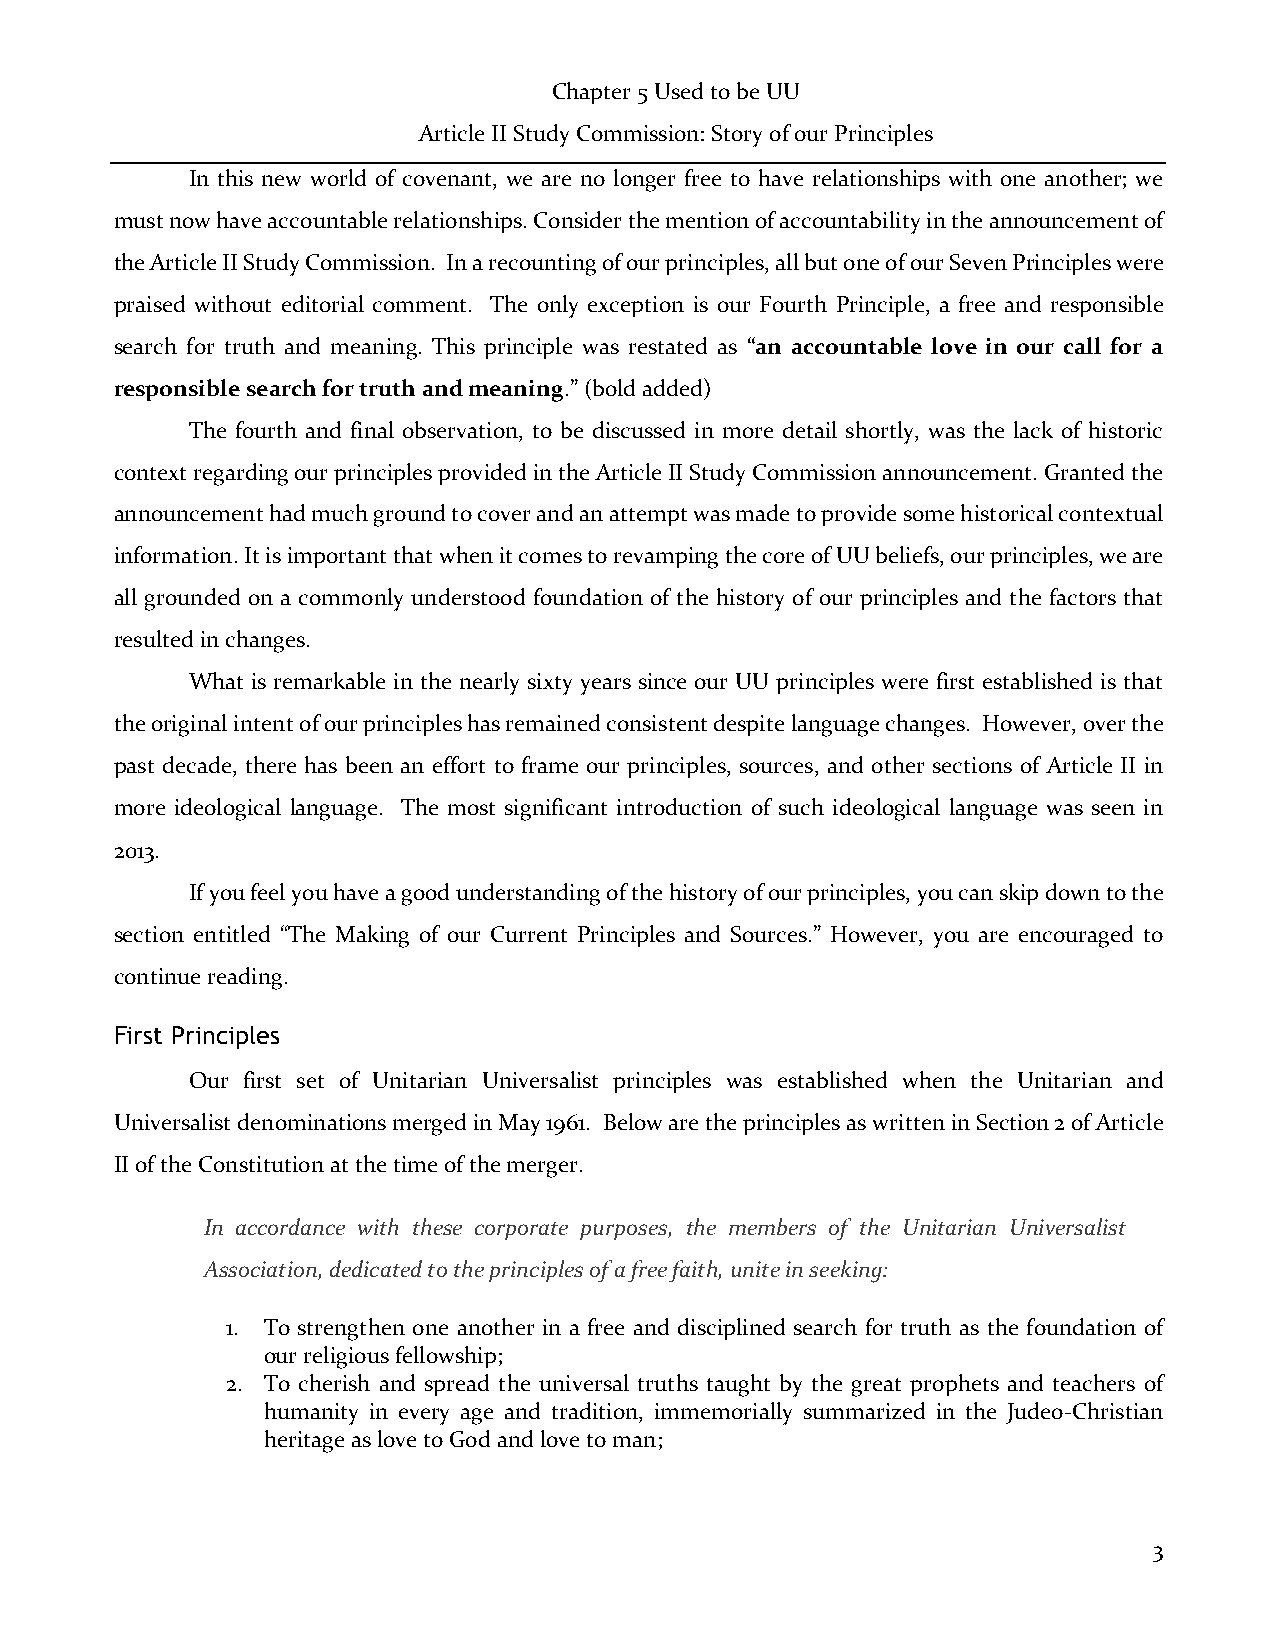
Chapter 5 Used to be UU
 Article II Study Commission: Story of our Principles
 In this new world of covenant, we are no longer free to have relationships with one another; we
 must now have accountable relationships. Consider the mention of accountability in the announcement of
 the Article II Study Commission. In a recounting of our principles, all but one of our Seven Principles were
 praised without editorial comment. The only exception is our Fourth Principle, a free and responsible
 search for truth and meaning. This principle was restated as “an accountable love in our call for a
 responsible search for truth and meaning.” (bold added)
 The fourth and final observation, to be discussed in more detail shortly, was the lack of historic
 context regarding our principles provided in the Article II Study Commission announcement. Granted the
 announcement had much ground to cover and an attempt was made to provide some historical contextual
 information. It is important that when it comes to revamping the core of UU beliefs, our principles, we are
 all grounded on a commonly understood foundation of the history of our principles and the factors that
 resulted in changes.
 What is remarkable in the nearly sixty years since our UU principles were first established is that
 the original intent of our principles has remained consistent despite language changes. However, over the
 past decade, there has been an effort to frame our principles, sources, and other sections of Article II in
 more ideological language. The most significant introduction of such ideological language was seen in
 2013.
 If you feel you have a good understanding of the history of our principles, you can skip down to the
 section entitled “The Making of our Current Principles and Sources.” However, you are encouraged to
 continue reading.
 First Principles
 Our first set of Unitarian Universalist principles was established when the Unitarian and
 Universalist denominations merged in May 1961. Below are the principles as written in Section 2 of Article
 II of the Constitution at the time of the merger.
 In accordance with these corporate purposes, the members of the Unitarian Universalist
 Association, dedicated to the principles of a free faith, unite in seeking:
 1. To strengthen one another in a free and disciplined search for truth as the foundation of
 our religious fellowship;
 2. To cherish and spread the universal truths taught by the great prophets and teachers of
 humanity in every age and tradition, immemorially summarized in the Judeo-Christian
 heritage as love to God and love to man;
 3